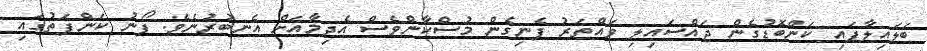
ބަލައިލާފައި ކަންބޮޑުގެން ޖައްސައިލި ވައްތަރު ފެނިގެން މުސްކާންވެސް އެދިމާއަށް އެނބުރުނެވެ. ފޯނު ކަންފަތުގައި